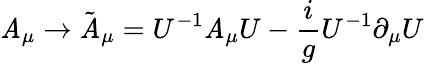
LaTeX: \mathit{A}_{\mu}\rightarrow\tilde{{\mathit{A}}}_{\mu}=U^{-1}\mathit{A}_{\mu}U-{\frac{{i}}{{g}}}U^{-1}\partial_{\mu}U